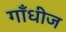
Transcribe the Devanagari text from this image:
गाँधीज